Document type: Emphyteutic lease
Year: 1316
Scribe: Guillem de Vila
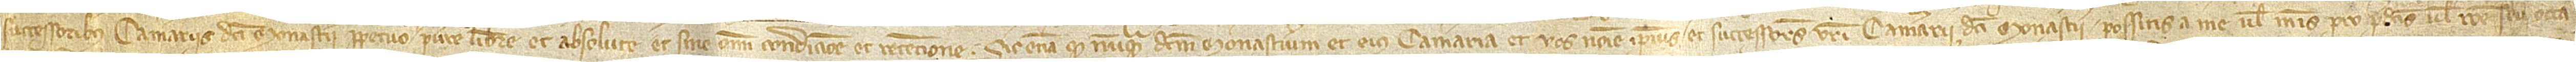
successoribus camerariis dicti monasterii perpetuo   pure, libere et absolute et sine omni condicione et retencione. Sic etiam quod nunquam dictum monasterium et eius camerarie et vos nomine ipsius et successores vestri camerarii dicti monasterii possitis a me vel meis pro predictis vel ratione seu occasione